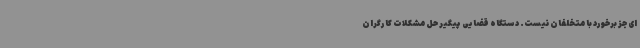
ای جز برخورد با متخلفان نیست. دستگاه قضایی پیگیر حل مشکلات کارگران